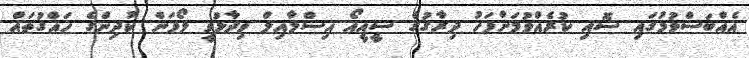
އެއްބަސްވުމުގައި ސޮއި ކުރެއްވުމަށްފަހު ދިރާގުގެ ސީއީއޯ އިސްމާއިލް ވިދާޅުވީ ލޯފަން ކުދިންގެ ހައްގުތައް